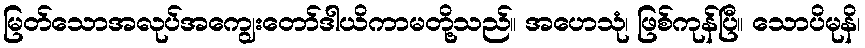
မြတ်သောအလုပ်အကျွေးတော်ဒါယိကာမတို့သည်။ အဟေသုံ၊ ဖြစ်ကုန်ပြီ။ သောပိမုနိ၊